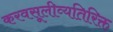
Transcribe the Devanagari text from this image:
करवसूलीव्यतिरिक्त